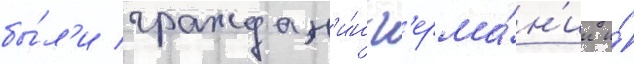
бы́л'и граждан'и́н г'ерма́н'ии и́